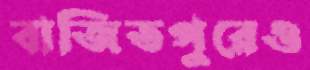
বাজিতপুরেও